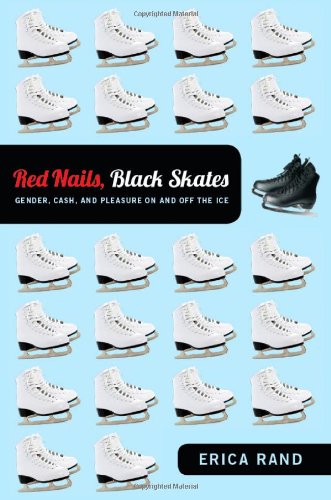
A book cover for Red Nails, Black Skates: Gender, Cash, and Pleasure on and off the Ice; Erica Rand; Sports & Outdoors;